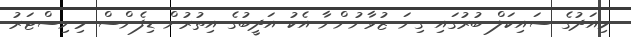
މިއަދުގެ ސައިކަލް ބުރުގައި ގިނަ ޒުވާނުންނާ އެކު އަދީބުގެ އިތުރުން ޑިފެންސް މިނިސްޓަރު